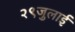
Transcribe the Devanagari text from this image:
२९जुलाई